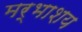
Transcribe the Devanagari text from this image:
मर्भाशय